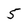
Character: 5